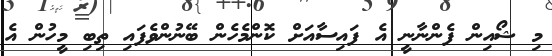
މި ޝޯއިން ފެންނާނީ އެ ފައިސާއަށް ކޮންމެހެން ބޭނުންވެފައި ތިބި މީހުން އެ